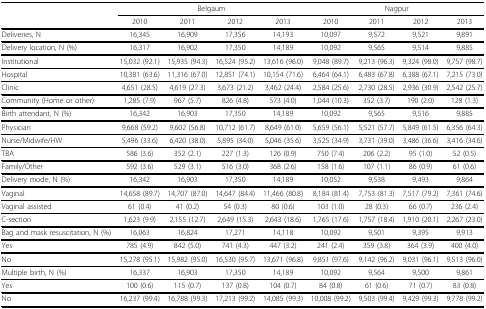
<table><thead><tr><td></td><td colspan="4"><b>Belgaum</b></td><td colspan="4"><b>Nagpur</b></td></tr><tr><td></td><td><b>2010</b></td><td><b>2011</b></td><td><b>2012</b></td><td><b>2013</b></td><td><b>2010</b></td><td><b>2011</b></td><td><b>2012</b></td><td><b>2013</b></td></tr></thead><tbody><tr><td>Deliveries, N</td><td>16,345</td><td>16,909</td><td>17,356</td><td>14,193</td><td>10,097</td><td>9,572</td><td>9,521</td><td>9,891</td></tr><tr><td>Delivery location, N (%)</td><td>16,317</td><td>16,902</td><td>17,350</td><td>14,189</td><td>10,092</td><td>9,565</td><td>9,514</td><td>9,885</td></tr><tr><td>Institutional</td><td>15,032 (92.1)</td><td>15,935 (94.3)</td><td>16,524 (95.2)</td><td>13,616 (96.0)</td><td>9,048 (89.7)</td><td>9,213 (96.3)</td><td>9,324 (98.0)</td><td>9,757 (98.7)</td></tr><tr><td>Hospital</td><td>10,381 (63.6)</td><td>11,316 (67.0)</td><td>12,851 (74.1)</td><td>10,154 (71.6)</td><td>6,464 (64.1)</td><td>6,483 (67.8)</td><td>6,388 (67.1)</td><td>7,215 (73.0)</td></tr><tr><td>Clinic</td><td>4,651 (28.5)</td><td>4,619 (27.3)</td><td>3,673 (21.2)</td><td>3,462 (24.4)</td><td>2,584 (25.6)</td><td>2,730 (28.5)</td><td>2,936 (30.9)</td><td>2,542 (25.7)</td></tr><tr><td>Community (Home or other)</td><td>1,285 (7.9)</td><td>967 (5.7)</td><td>826 (4.8)</td><td>573 (4.0)</td><td>1,044 (10.3)</td><td>352 (3.7)</td><td>190 (2.0)</td><td>128 (1.3)</td></tr><tr><td>Birth attendant, N (%)</td><td>16,342</td><td>16,903</td><td>17,350</td><td>14,189</td><td>10,092</td><td>9,565</td><td>9,516</td><td>9,885</td></tr><tr><td>Physician</td><td>9,668 (59.2)</td><td>9,602 (56.8)</td><td>10,712 (61.7)</td><td>8,649 (61.0)</td><td>5,659 (56.1)</td><td>5,521 (57.7)</td><td>5,849 (61.5)</td><td>6,356 (64.3)</td></tr><tr><td>Nurse/Midwife/HW</td><td>5,496 (33.6)</td><td>6,420 (38.0)</td><td>5,895 (34.0)</td><td>5,046 (35.6)</td><td>3,525 (34.9)</td><td>3,731 (39.0)</td><td>3,486 (36.6)</td><td>3,416 (34.6)</td></tr><tr><td>TBA</td><td>586 (3.6)</td><td>352 (2.1)</td><td>227 (1.3)</td><td>126 (0.9)</td><td>750 (7.4)</td><td>206 (2.2)</td><td>95 (1.0)</td><td>52 (0.5)</td></tr><tr><td>Family/Other</td><td>592 (3.6)</td><td>529 (3.1)</td><td>516 (3.0)</td><td>368 (2.6)</td><td>158 (1.6)</td><td>107 (1.1)</td><td>86 (0.9)</td><td>61 (0.6)</td></tr><tr><td>Delivery mode, N (%)</td><td>16,342</td><td>16,903</td><td>17,350</td><td>14,189</td><td>10,052</td><td>9,538</td><td>9,493</td><td>9,864</td></tr><tr><td>Vaginal</td><td>14,658 (89.7)</td><td>14,707 (87.0)</td><td>14,647 (84.4)</td><td>11,466 (80.8)</td><td>8,184 (81.4)</td><td>7,753 (81.3)</td><td>7,517 (79.2)</td><td>7,361 (74.6)</td></tr><tr><td>Vaginal assisted</td><td>61 (0.4)</td><td>41 (0.2)</td><td>54 (0.3)</td><td>80 (0.6)</td><td>103 (1.0)</td><td>28 (0.3)</td><td>66 (0.7)</td><td>236 (2.4)</td></tr><tr><td>C-section</td><td>1,623 (9.9)</td><td>2,155 (12.7)</td><td>2,649 (15.3)</td><td>2,643 (18.6)</td><td>1,765 (17.6)</td><td>1,757 (18.4)</td><td>1,910 (20.1)</td><td>2,267 (23.0)</td></tr><tr><td>Bag and mask resuscitation, N (%)</td><td>16,063</td><td>16,824</td><td>17,271</td><td>14,118</td><td>10,092</td><td>9,501</td><td>9,395</td><td>9,913</td></tr><tr><td>Yes</td><td>785 (4.9)</td><td>842 (5.0)</td><td>741 (4.3)</td><td>447 (3.2)</td><td>241 (2.4)</td><td>359 (3.8)</td><td>364 (3.9)</td><td>400 (4.0)</td></tr><tr><td>No</td><td>15,278 (95.1)</td><td>15,982 (95.0)</td><td>16,530 (95.7)</td><td>13,671 (96.8)</td><td>9,851 (97.6)</td><td>9,142 (96.2)</td><td>9,031 (96.1)</td><td>9,513 (96.0)</td></tr><tr><td>Multiple birth, N (%)</td><td>16,337</td><td>16,903</td><td>17,350</td><td>14,189</td><td>10,092</td><td>9,564</td><td>9,500</td><td>9,861</td></tr><tr><td>Yes</td><td>100 (0.6)</td><td>115 (0.7)</td><td>137 (0.8)</td><td>104 (0.7)</td><td>84 (0.8)</td><td>61 (0.6)</td><td>71 (0.7)</td><td>83 (0.8)</td></tr><tr><td>No</td><td>16,237 (99.4)</td><td>16,788 (99.3)</td><td>17,213 (99.2)</td><td>14,085 (99.3)</td><td>10,008 (99.2)</td><td>9,503 (99.4)</td><td>9,429 (99.3)</td><td>9,778 (99.2)</td></tr></tbody></table>